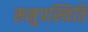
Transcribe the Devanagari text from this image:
समुपस्थिति